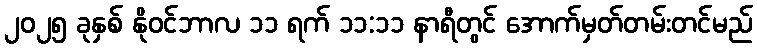
၂၀၂၅ ခုနှစ် နိုဝင်ဘာလ ၁၁ ရက် ၁၁:၁၁ နာရီတွင် အောက်မှတ်တမ်းတင်မည်